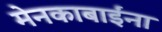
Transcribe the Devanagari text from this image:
मेनकाबाईंना